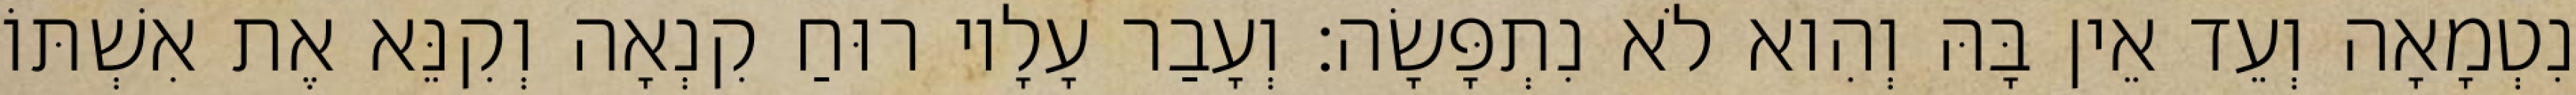
נִטְמָאָה וְעֵד אֵין בָּהּ וְהִוא לֹא נִתְפָּשָׂה׃ וְעָבַר עָלָיו רוּחַ קִנְאָה וְקִנֵּא אֶת אִשְׁתּוֹ